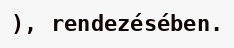
), rendezésében.